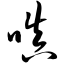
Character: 嗔